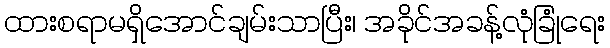
ထားစရာမရှိအောင်ချမ်းသာပြီး၊ အခိုင်အခန့်လုံခြုံရေး